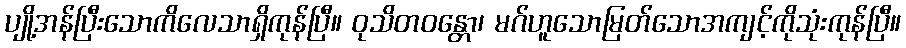
ပျို့အန်ပြီးသောကိလေသာရှိကုန်ပြီ။ ဝုသိတဝန္တော၊ မဂ်ဟူသောမြတ်သောအကျင့်ကိုသုံးကုန်ပြီ။